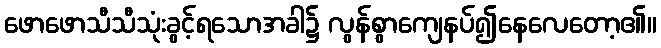
ဖောဖောသီသီသုံးခွင့်ရသောအခါ၌ လွန်စွာကျေနပ်၍နေလေတော့၏။